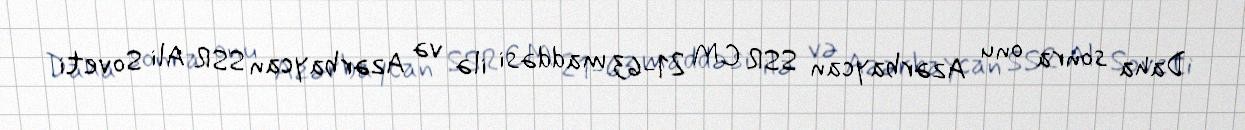
Daha sonra onu Azərbaycan SSR CM 21-63 maddəsi ilə və Azərbaycan SSR Ali Soveti